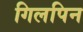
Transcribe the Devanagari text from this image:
गिलपिन